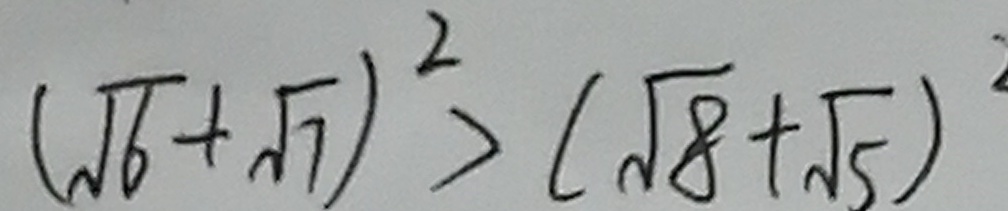
( \sqrt { 6 } + \sqrt { 7 } ) ^ { 2 } > ( \sqrt { 8 } + \sqrt { 5 } ) ^ { 2 }